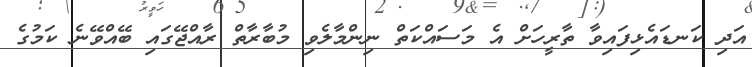
އަދި ކަނޑައެޅިފައިވާ ތާރީހަށް އެ މަސައްކަތް ނިންމާލެވި މުބާރާތް ރާއްޖޭގައި ބޭއްވޭނެ ކަމުގެ